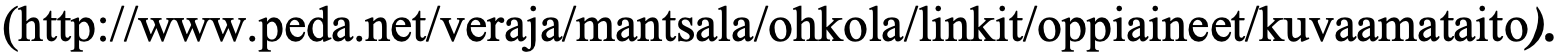
(http://www.peda.net/veraja/mantsala/ohkola/linkit/oppiaineet/kuvaamataito).